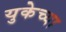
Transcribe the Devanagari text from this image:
युकेच्या